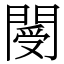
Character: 閿